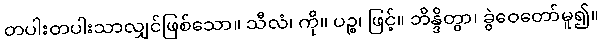
တပါးတပါးသာလျှင်ဖြစ်သော။ သီလံ၊ ကို။ ပဉ္စ၊ ဖြင့်။ ဘိန္ဒိတွာ၊ ခွဲဝေတော်မူ၍။